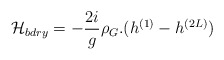
\begin{align*}{\cal H}_{bdry}=-\frac{2 i}{g} \rho_G.(h^{(1)}-h^{(2L)})\end{align*}